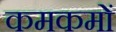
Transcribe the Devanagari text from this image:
कमकमों